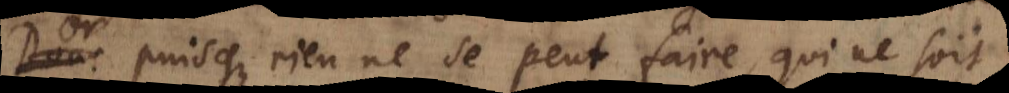
Or puisque rien ne se peut faire, qui ne soit